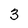
Character: 3